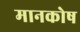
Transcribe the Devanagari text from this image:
मानकोष